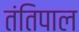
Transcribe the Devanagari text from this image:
तंतिपाल